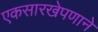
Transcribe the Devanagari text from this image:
एकसारखेपणाने